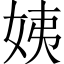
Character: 姨